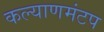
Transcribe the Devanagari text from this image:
कल्याणमंटप